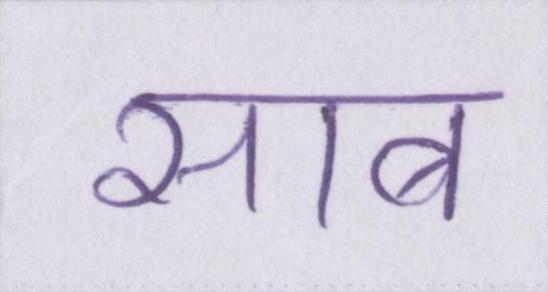
साब